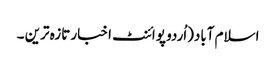
اسلام آباد(اُردو پوائنٹ اخبار تازہ ترین ۔